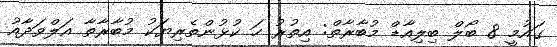
ގައުމީ 8 ބޯލް ބިލިއާޑް މުބާރާތް: އިތުރު ހަ ކުޅުންތެރިޔަކު މުބާރާތާ އަލްވަދާއު